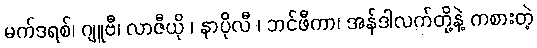
မက်ဒရစ်၊ ဂျူဗီ၊ လာဇီယို ၊ နာပိုလီ ၊ ဘင်ဖီကာ၊ အန်ဒါလက်တို့နဲ့ ကစားတဲ့